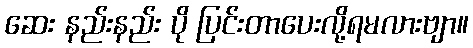
ဆေး နည်းနည်း ပို ပြင်းတာပေးလို့ရမလားဗျာ။